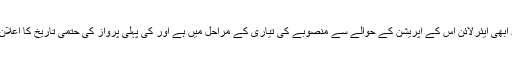
ان کا مزید کہنا تھا کہ ابھی ایئرلائن اس کے آپریشن کے حوالے سے منصوبے کی تیاری کے مراحل میں ہے اور کی پہلی پرواز کی حتمی تاریخ کا اعلان بعد میں کیا جائے گا۔